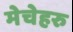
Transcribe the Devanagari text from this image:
मेचेहरु